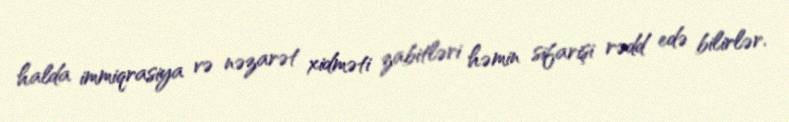
halda immiqrasiya və nəzarət xidməti zabitləri həmin sifarişi rədd edə bilirlər.